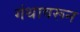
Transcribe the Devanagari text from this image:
गंथावरून